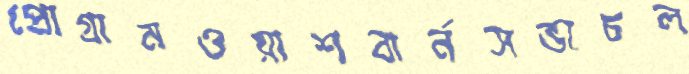
প্রোগ্রামওয়াশবার্নসভাচল